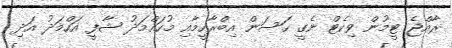
ރާއްޖެ ޓީމުން ވިކެޓް ނެގީ ހަސަން އިބްރާހީމާއި މުހައްމަދު ޝާފީ އަހްމަދު އަދި